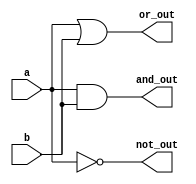
module logic_gates (
    input wire a,       // Entrada A
    input wire b,       // Entrada B
    output wire and_out, // Sada da porta lgica AND
    output wire or_out,  // Sada da porta lgica OR
    output wire not_out  // Sada da porta lgica NOT
);

    // Implementao das portas lgicas
    assign and_out = a & b;  // Sada AND
    assign or_out = a | b;   // Sada OR
    assign not_out = ~a;     // Sada NOT (inverte a entrada A)

endmodule